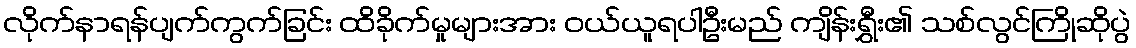
လိုက်နာရန်ပျက်ကွက်ခြင်း ထိခိုက်မှုများအား ဝယ်ယူရပါဦးမည် ကျိန်းရွှီး၏ သစ်လွင်ကြိုဆိုပွဲ